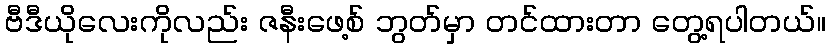
ဗီဒီယိုလေးကိုလည်း ဇနီးဖေ့စ် ဘွတ်မှာ တင်ထားတာ တွေ့ရပါတယ်။